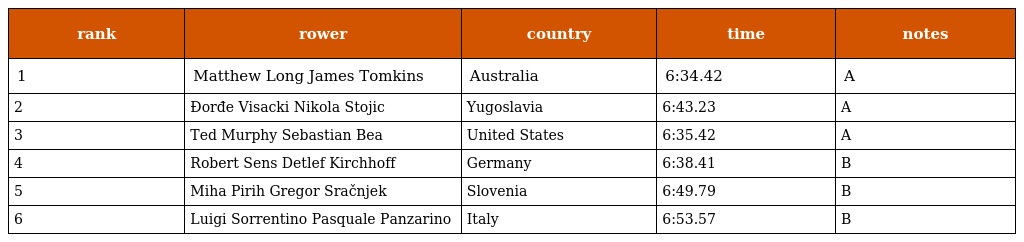
| rank | rower | country | time | notes |
 | --- | --- | --- | --- | --- |
 | 1 | Matthew Long James Tomkins | Australia | 6:34.42 | A |
 | 2 | Đorđe Visacki Nikola Stojic | Yugoslavia | 6:43.23 | A |
 | 3 | Ted Murphy Sebastian Bea | United States | 6:35.42 | A |
 | 4 | Robert Sens Detlef Kirchhoff | Germany | 6:38.41 | B |
 | 5 | Miha Pirih Gregor Sračnjek | Slovenia | 6:49.79 | B |
 | 6 | Luigi Sorrentino Pasquale Panzarino | Italy | 6:53.57 | B |